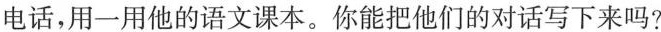
电话,用一用他的语文课本。你能把他们的对话写下来吗？